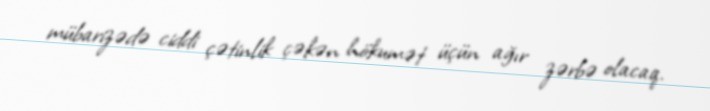
mübarizədə ciddi çətinlik çəkən hökumət üçün ağır zərbə olacaq.